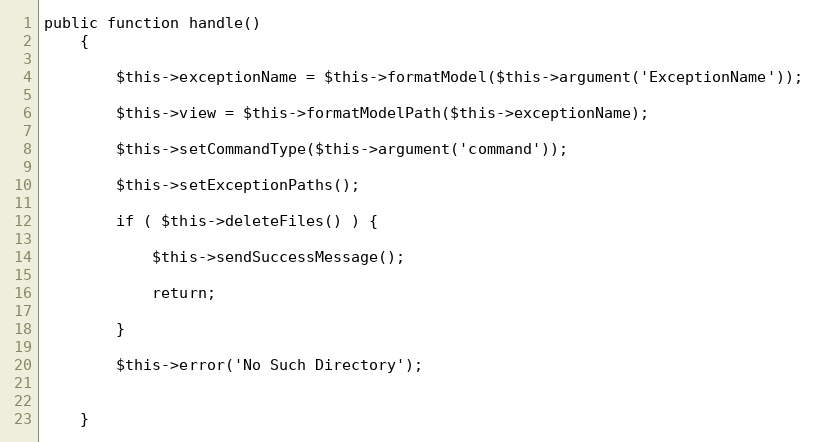
Language: PHP
public function handle()
    {

        $this->exceptionName = $this->formatModel($this->argument('ExceptionName'));

        $this->view = $this->formatModelPath($this->exceptionName);

        $this->setCommandType($this->argument('command'));

        $this->setExceptionPaths();

        if ( $this->deleteFiles() ) {

            $this->sendSuccessMessage();

            return;

        }

        $this->error('No Such Directory');

    }